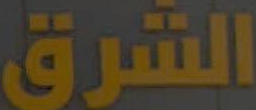
الشرق